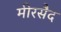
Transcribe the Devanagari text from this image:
मीरसैद